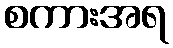
စကားအရ